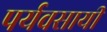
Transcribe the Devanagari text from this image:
पर्यवसायी